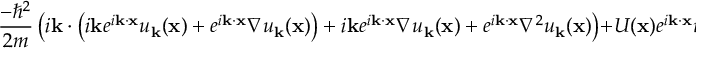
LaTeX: { \frac { - \hbar ^ { 2 } } { 2 m } } \left( i \mathbf { k } \cdot \left( i \mathbf { k } e ^ { i \mathbf { k } \cdot \mathbf { x } } u _ { \mathbf { k } } ( \mathbf { x } ) + e ^ { i \mathbf { k } \cdot \mathbf { x } } \nabla u _ { \mathbf { k } } ( \mathbf { x } ) \right) + i \mathbf { k } e ^ { i \mathbf { k } \cdot \mathbf { x } } \nabla u _ { \mathbf { k } } ( \mathbf { x } ) + e ^ { i \mathbf { k } \cdot \mathbf { x } } \nabla ^ { 2 } u _ { \mathbf { k } } ( \mathbf { x } ) \right) + U ( \mathbf { x } ) e ^ { i \mathbf { k } \cdot \mathbf { x } } u _ { \mathbf { k } } ( \mathbf { x } ) = E _ { \mathbf { k } } e ^ { i \mathbf { k } \cdot \mathbf { x } } u _ { \mathbf { k } } ( \mathbf { x } )